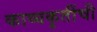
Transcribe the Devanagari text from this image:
काव्यकृतींची